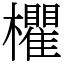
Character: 欋